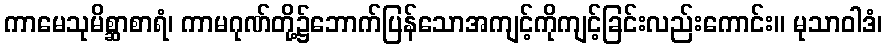
ကာမေသုမိစ္ဆာစာရံ၊ ကာမဂုဏ်တို့၌ဘောက်ပြန်သောအကျင့်ကိုကျင့်ခြင်းလည်းကောင်း။ မုသာဝါဒံ၊